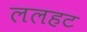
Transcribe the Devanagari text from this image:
ललहट